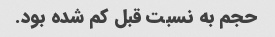
حجم به نسبت قبل کم شده بود.